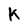
Character: K